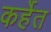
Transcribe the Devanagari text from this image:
कर्हेत